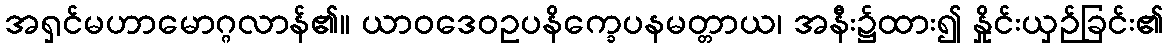
အရှင်မဟာမောဂ္ဂလာန်၏။ ယာဝဒေဝဥပနိက္ခေပနမတ္တာယ၊ အနီး၌ထား၍ နှိုင်းယှဉ်ခြင်း၏